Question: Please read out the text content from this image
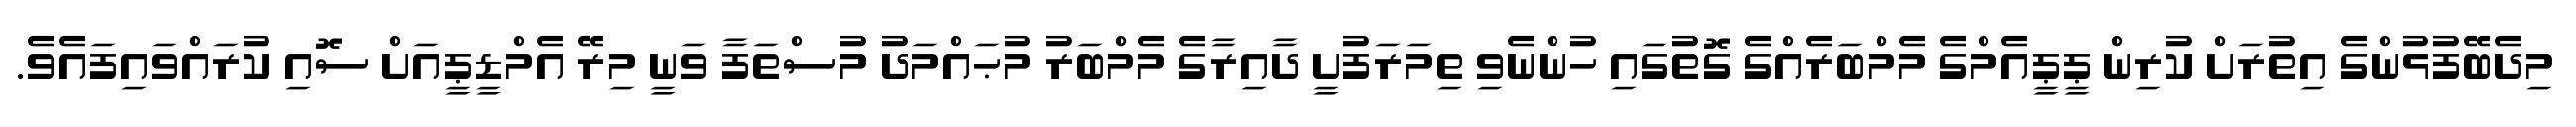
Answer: މިދެބޭފުޅުންގެ އިތުރަށް ކުރިން ޕީޕީއެމްގެ މެމްބަރެއްގެ ގޮތުގައި ހުންނެވި ތިމަރަފުށީ ދާއިރާގެ މެމްބަރު މުޙައްމަދު މުސްތަފާ ވަނީ މިރޭ އެމްޑީޕީއަށް ސޮއި ކުރައްވައިފައެވެ.